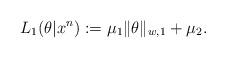
LaTeX: \begin{align*} L_1(\theta|x^n):=\mu_1\|\theta\|_{w,1}+\mu_2. \end{align*}